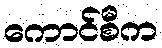
ကောင်စီက